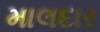
માલદાર